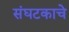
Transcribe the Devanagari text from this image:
संघटकाचे